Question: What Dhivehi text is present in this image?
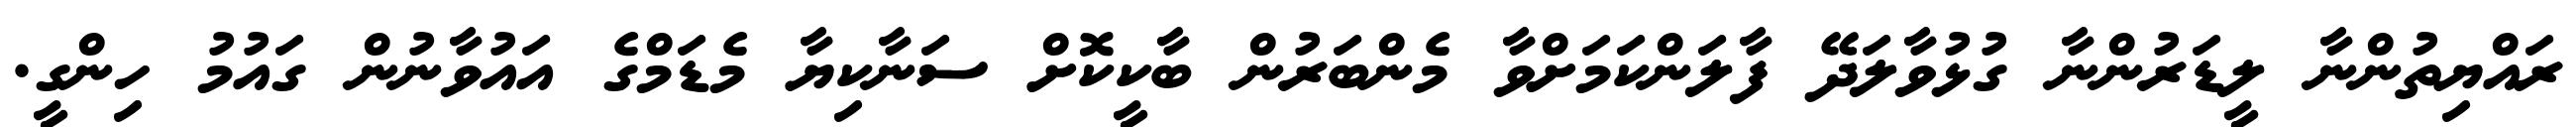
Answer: ރައްޔިތުންނާ ލީޑަރުންނާ ގުޅުވާލަދޭ ފާލަންކަމަށްވާ މެންބަރުން ބާކީކޮށް ސަނާކިޔާ މެޑަމްގެ އައުވާނުން ގައުމު ހިންގީ.